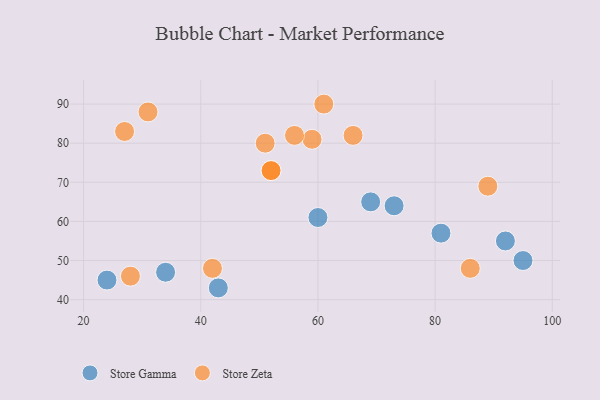
{"axis": {"x": "GDP", "y": "Life Expectancy"}, "legend": ["Store Gamma", "Store Zeta"], "data": [{"x": "43", "y": 43, "type": "Store Gamma"}, {"x": "95", "y": 50, "type": "Store Gamma"}, {"x": "60", "y": 61, "type": "Store Gamma"}, {"x": "24", "y": 45, "type": "Store Gamma"}, {"x": "69", "y": 65, "type": "Store Gamma"}, {"x": "73", "y": 64, "type": "Store Gamma"}, {"x": "81", "y": 57, "type": "Store Gamma"}, {"x": "92", "y": 55, "type": "Store Gamma"}, {"x": "34", "y": 47, "type": "Store Gamma"}, {"x": "89", "y": 69, "type": "Store Zeta"}, {"x": "27", "y": 83, "type": "Store Zeta"}, {"x": "52", "y": 73, "type": "Store Zeta"}, {"x": "61", "y": 90, "type": "Store Zeta"}, {"x": "31", "y": 88, "type": "Store Zeta"}, {"x": "66", "y": 82, "type": "Store Zeta"}, {"x": "42", "y": 48, "type": "Store Zeta"}, {"x": "52", "y": 73, "type": "Store Zeta"}, {"x": "86", "y": 48, "type": "Store Zeta"}, {"x": "59", "y": 81, "type": "Store Zeta"}, {"x": "56", "y": 82, "type": "Store Zeta"}, {"x": "28", "y": 46, "type": "Store Zeta"}, {"x": "51", "y": 80, "type": "Store Zeta"}]}